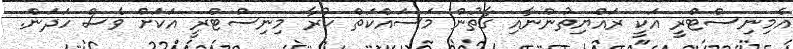
އެމިނިސްޓްރީ އަކީ ރައްޔިތުންނާއި ގާތުން މަސައްކަތް ކުރާ މިނިސްޓްރީ އަކަށް ވެސް ހަދަން.